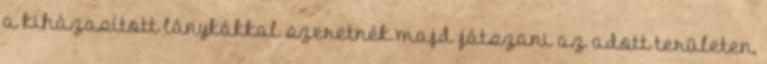
a kiházasított lánykákkal szeretnék majd játszani az adott területen,